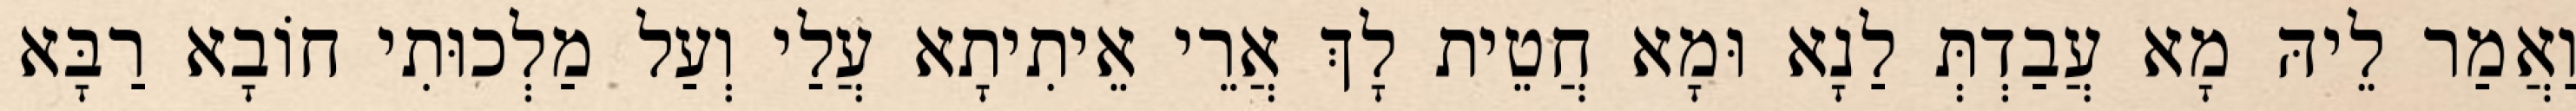
וַאֲמַר לֵיהּ מָא עֲבַדְתְּ לַנָא וּמָא חֲטֵית לָךְ אֲרֵי אֵיתִיתָא עֲלַי וְעַל מַלְכוּתִי חוֹבָא רַבָּא